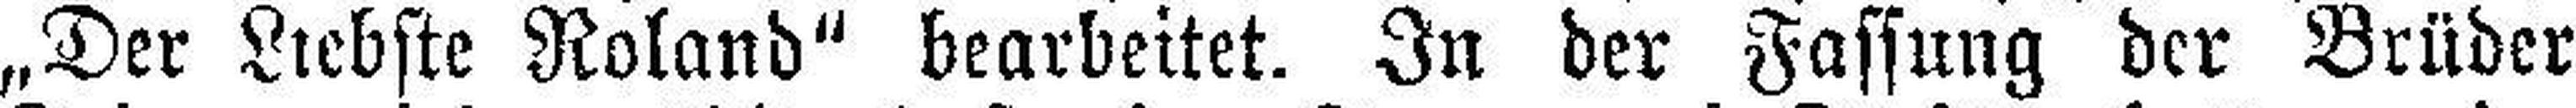
„Der Liebste Roland“ bearbeitet. In der Fassung der Brüder